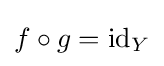
f\circ g=\operatorname {id} _{Y}